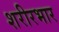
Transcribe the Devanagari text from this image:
शरीरभार